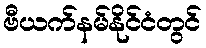
ဗီယက်နမ်နိုင်ငံတွင်